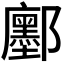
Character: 𮠔